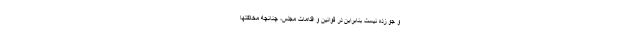
و جوّ زده نیست بنابراین در قوانین و اقدامات مجلس، چنانچه مخالفتها